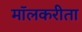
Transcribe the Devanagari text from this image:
मॉलकरीता